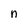
Character: n